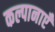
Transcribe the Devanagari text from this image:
कल्पानाएँ